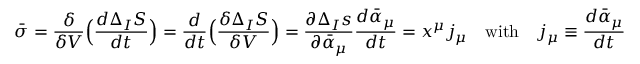
{ \bar { \sigma } } = \frac { \delta } { \delta V } \Bigl ( \frac { d \Delta _ { I } S } { d t } \Bigr ) = \frac { d } { d t } \Bigl ( \frac { \delta \Delta _ { I } S } { \delta V } \Bigr ) = \frac { \partial \Delta _ { I } s } { \partial { \bar { \alpha } } _ { \mu } } \frac { d { \bar { \alpha } } _ { \mu } } { d t } = x ^ { \mu } j _ { \mu } \quad \mathrm { w i t h } \quad j _ { \mu } \equiv \frac { d { \bar { \alpha } } _ { \mu } } { d t }